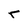
Character: r